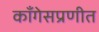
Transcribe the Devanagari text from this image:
काँगेसप्रणीत